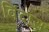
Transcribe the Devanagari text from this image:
विंदास